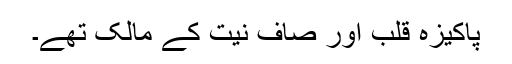
پاکیزہ قلب اور صاف نیت کے مالک تھے۔